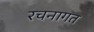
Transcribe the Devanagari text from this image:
रचनागत